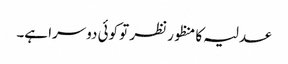
عدلیہ کا منظور نظر تو کوئی دوسرا ہے۔